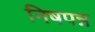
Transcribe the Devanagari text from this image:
निषपन्न